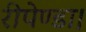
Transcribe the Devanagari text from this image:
रीपेण्डा।